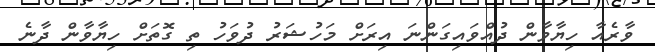
ވާރެއާ ހިޔާވާން ދުއްވައިގަންނަ އިރަށް މަހުޝަރު ދުވަހު ތި ގޮތަށް ހިޔާވާން ދާނެ